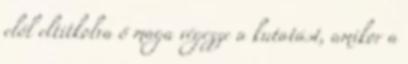
elől eltitkolva ő maga végezze a kutatást, amikor a